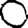
Digit: 0